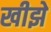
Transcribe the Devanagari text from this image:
खीझे